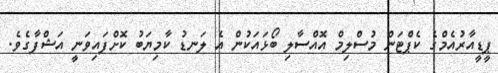
ޕީޑީއާރުއެމްގެ ކެޕްޓަން މުސްލިމް އޮއްސާލި ބޯޅައަކުން އެ ލަނޑު ކާމިޔަބު ކޮށްފައިވަނީ އަޝްފާގެވެ.